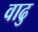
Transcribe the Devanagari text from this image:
वाढु